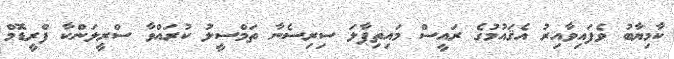
ކާމިޔާބު ވެފައިވާއިރު އެޤައުމުގެ ރައީސް މައިތިޕާލަ ސިރިސެނާ ތަމްސީލު ކުރައްވާ ސްރީލަންކާ ފްރީޑޮމް